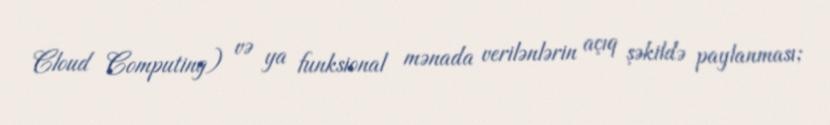
Cloud Computing) və ya funksional mənada verilənlərin açıq şəkildə paylanması;